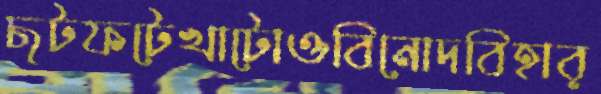
ছটফটেখাটোওবিনোদবিহার